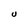
Character: U